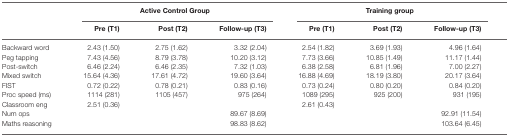
|  | <COLSPAN=3> Active Control Group | <COLSPAN=3> Training group |
 |  | Pre (T1) | Post (T2) | Follow-up (T3) | Pre (T1) | Post (T2) | Follow-up (T3) |
 | --- | --- | --- | --- | --- | --- | --- |
 | Backward word | 2.43 (1.50) | 2.75 (1.62) | 3.32 (2.04) | 2.54 (1.82) | 3.69 (1.93) | 4.96 (1.64) |
 | Peg tapping | 7.43 (4.56) | 8.79 (3.78) | 10.20 (3.12) | 7.73 (3.66) | 10.85 (1.49) | 11.17 (1.44) |
 | Post-switch | 6.46 (2.24) | 6.46 (2.35) | 7.32 (1.03) | 6.38 (2.58) | 6.81 (1.96) | 7.00 (2.27) |
 | Mixed switch | 15.64 (4.36) | 17.61 (4.72) | 19.60 (3.64) | 16.88 (4.69) | 18.19 (3.80) | 20.17 (3.64) |
 | FIST | 0.72 (0.22) | 0.78 (0.21) | 0.83 (0.16) | 0.73 (0.24) | 0.80 (0.20) | 0.84 (0.20) |
 | Proc speed (ms) | 1114 (281) | 1105 (457) | 975 (264) | 1089 (295) | 925 (200) | 931 (195) |
 | Classroom eng | 2.51 (0.36) |  |  | 2.61 (0.43) |  |  |
 | Num ops |  |  | 89.67 (8.69) |  |  | 92.91 (11.54) |
 | Maths reasoning |  |  | 98.83 (8.62) |  |  | 103.64 (6.45) |